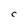
Character: C